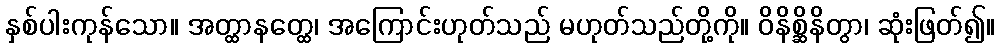
နှစ်ပါးကုန်သော။ အတ္ထာနတ္ထေ၊ အကြောင်းဟုတ်သည် မဟုတ်သည်တို့ကို။ ဝိနိစ္ဆိနိတွာ၊ ဆုံးဖြတ်၍။